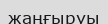
жаңғыруы